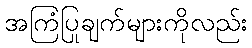
အကြံပြုချက်များကိုလည်း